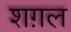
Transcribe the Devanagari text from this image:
शग़ल